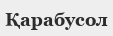
Қарабусол